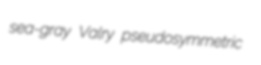
sea-gray Valry pseudosymmetric